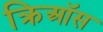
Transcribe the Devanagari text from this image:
क्रिऑस